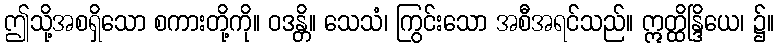
ဤသို့အစရှိသော စကားတို့ကို။ ဝဒန္တိ။ သေသံ၊ ကြွင်းသော အစီအရင်သည်။ ဣတ္ထိန္ဒြိယေ၊ ၌။